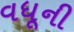
વધૂની